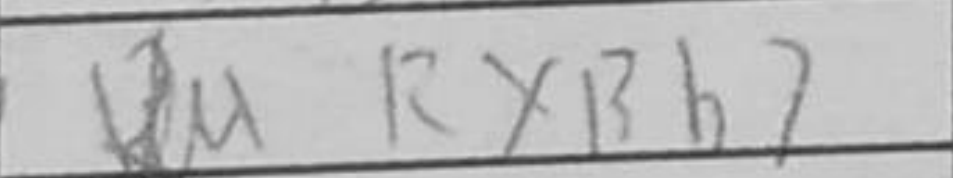
Transcription: RxBb7